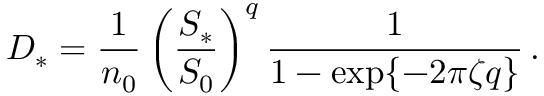
D _ { * } = \frac { 1 } { n _ { 0 } } \left( \frac { S _ { * } } { S _ { 0 } } \right) ^ { q } \frac { 1 } { 1 - \exp \{ - 2 \pi \zeta q \} } \, .